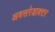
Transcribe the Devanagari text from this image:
अवसरेडाक्टर